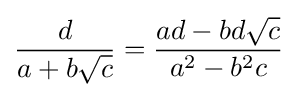
{d \over a+b{\sqrt {c}}}={ad-bd{\sqrt {c}} \over a^{2}-b^{2}c}